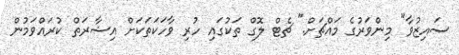
ސައިޒުވާ" މިންވަރުގެ މައްޗަށް." ޗެޓް ލޮގް ތަކުގައި ހުރި ވާހަކަތަކަށް އިޝާރަތް ކުރައްވަމުން